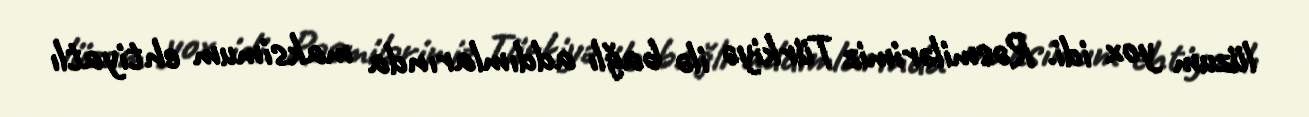
lüzum yox idi. Rəsmilərimiz Türkiyə ilə bağlı addımlarında maksimum ehtiyatlı